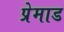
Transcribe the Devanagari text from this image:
प्रेमाड